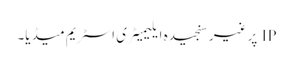
IP پر غیر سنجیدہ ایلیمیٹری اسٹریم میڈیا۔